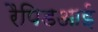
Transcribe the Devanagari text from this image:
रैपिडआई